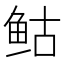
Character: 𲍌